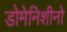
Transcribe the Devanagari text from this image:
डोमेनिशीनो